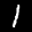
Label: 1